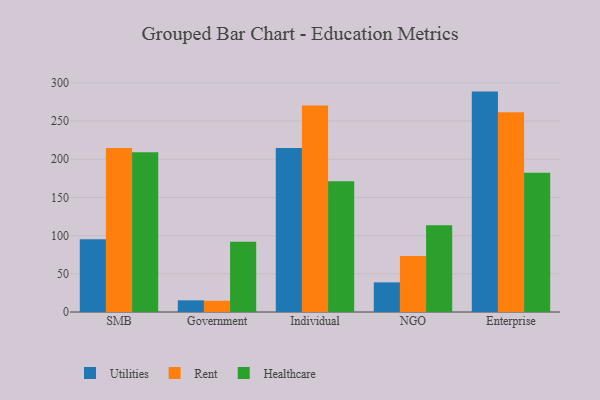
{"axis": {"x": "Segment", "y": "Website Visitors"}, "legend": ["Healthcare", "Rent", "Utilities"], "data": [{"x": "SMB", "y": 95.2, "type": "Utilities"}, {"x": "SMB", "y": 214.9, "type": "Rent"}, {"x": "SMB", "y": 209.1, "type": "Healthcare"}, {"x": "Government", "y": 15.3, "type": "Utilities"}, {"x": "Government", "y": 14.7, "type": "Rent"}, {"x": "Government", "y": 92.0, "type": "Healthcare"}, {"x": "Individual", "y": 214.7, "type": "Utilities"}, {"x": "Individual", "y": 270.5, "type": "Rent"}, {"x": "Individual", "y": 171.3, "type": "Healthcare"}, {"x": "NGO", "y": 38.8, "type": "Utilities"}, {"x": "NGO", "y": 73.4, "type": "Rent"}, {"x": "NGO", "y": 113.5, "type": "Healthcare"}, {"x": "Enterprise", "y": 288.6, "type": "Utilities"}, {"x": "Enterprise", "y": 261.4, "type": "Rent"}, {"x": "Enterprise", "y": 182.4, "type": "Healthcare"}]}